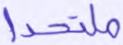
ملتحدا